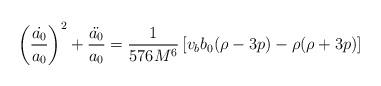
LaTeX: \begin{align*}\left(\frac{\dot{a_0}}{a_0}\right)^2 + \frac{\ddot{a_0}}{a_0} =\frac{1}{576 M^6} \left[ v_b b_0 (\rho - 3 p) - \rho (\rho + 3 p) \right]\end{align*}